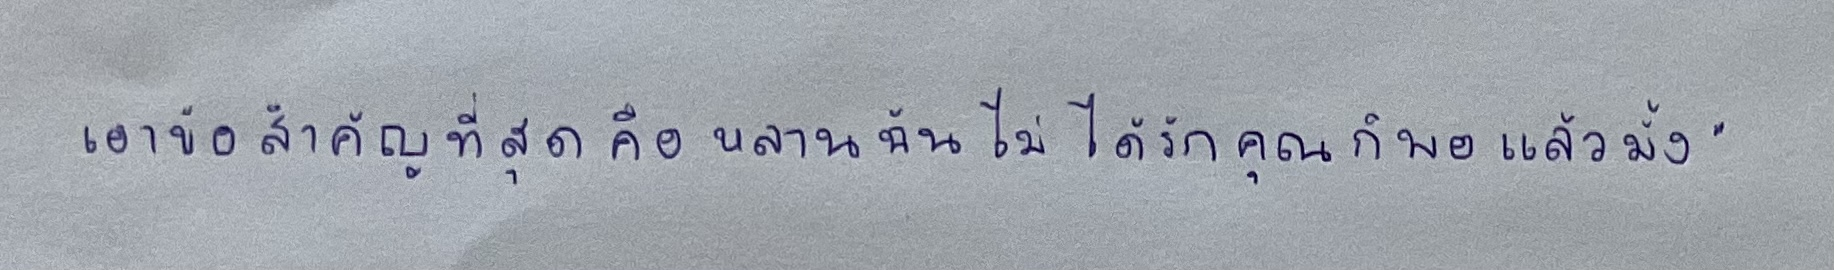
เอาข้อสำคัญที่สุดคือหลานฉันไม่ได้รักคุณก็คงพอแล้วมั้ง"